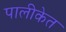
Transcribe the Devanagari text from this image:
पालीकेत